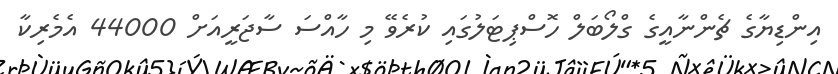
އިންޑިޔާގެ ޗެންނާއީގެ ގްލޯބަލް ހޮސްޕިޓަލުގައި ކުރެވޭ މި ހާއްސަ ސާޖަރީއަށް 44000 އެމެރިކާ